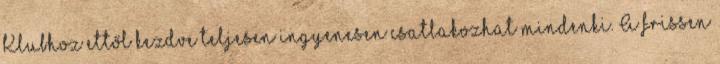
Klubhoz ettől kezdve teljesen ingyenesen csatlakozhat mindenki. A frissen